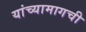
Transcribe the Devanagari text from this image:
यांच्यामागची